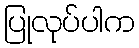
ပြုလုပ်ပါက